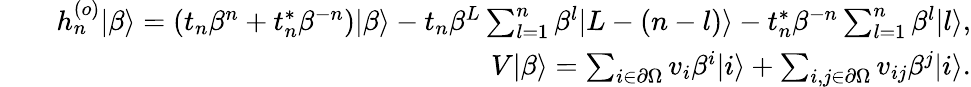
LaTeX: \begin{array}{rlr}&{}&{h_{n}^{(o)}|\beta\rangle=(t_{n}\beta^{n}+t_{n}^{\ast}\beta^{-n})|\beta\rangle-t_{n}\beta^{L}\sum_{l=1}^{n}\beta^{l}|L-(n-l)\rangle-t_{n}^{\ast}\beta^{-n}\sum_{l=1}^{n}\beta^{l}|l\rangle,}\\ &{}&{V|\beta\rangle=\sum_{i\in\partial\Omega}v_{i}\beta^{i}|i\rangle+\sum_{i,j\in\partial\Omega}v_{ij}\beta^{j}|i\rangle.}\end{array}